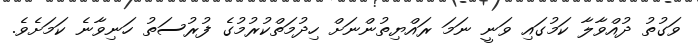
ވަގުތު ދުއްވާލާ ކަމުގައި ވަނީ ނަމަ ރައްޔިތުންނަށް ހިދުމަތްކުރުމުގެ ފުރުސަތު ހަނިވާނެ ކަމަށެވެ.